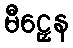
မီဠှေန